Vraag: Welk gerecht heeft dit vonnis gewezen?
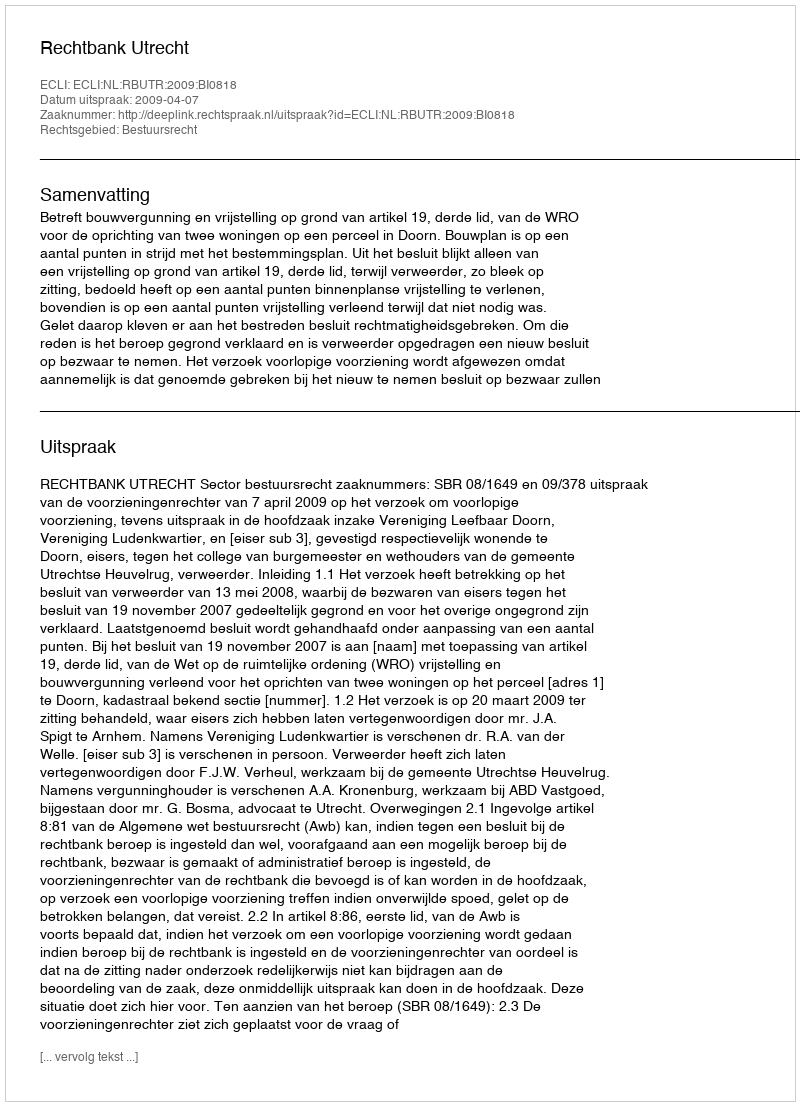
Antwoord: Rechtbank Utrecht